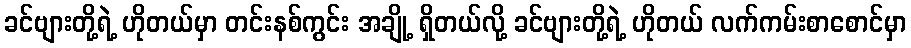
ခင်ဗျားတို့ရဲ့ ဟိုတယ်မှာ တင်းနစ်ကွင်း အချို့ ရှိတယ်လို့ ခင်ဗျားတို့ရဲ့ ဟိုတယ် လက်ကမ်းစာစောင်မှာ